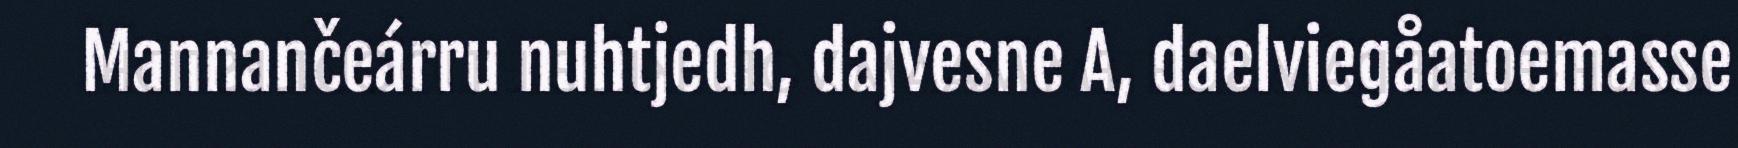
Mannančeárru nuhtjedh, dajvesne A, daelviegåatoemasse